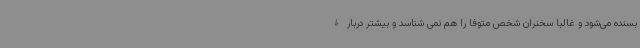
بسنده می‌شود و غالبا سخنران شخص متوفا را هم نمی شناسد و بیشتر دربارۀ